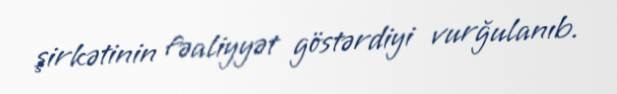
şirkətinin fəaliyyət göstərdiyi vurğulanıb.